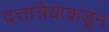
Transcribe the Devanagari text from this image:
दत्तात्रेयाकडून